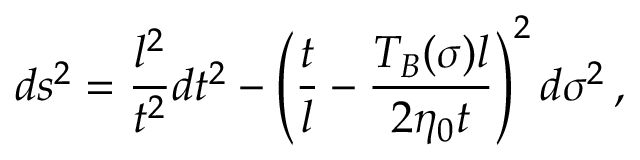
d s ^ { 2 } = \frac { l ^ { 2 } } { t ^ { 2 } } d t ^ { 2 } - \left( \frac t l - \frac { T _ { B } ( \sigma ) l } { 2 \eta _ { 0 } t } \right) ^ { 2 } d \sigma ^ { 2 } \, ,